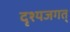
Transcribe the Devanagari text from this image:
दृश्यजगत्‌